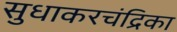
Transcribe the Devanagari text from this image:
सुधाकरचंद्रिका